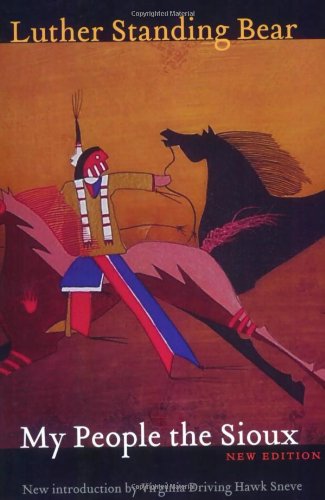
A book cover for My People the Sioux, New Edition; Luther Standing Bear; Biographies & Memoirs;